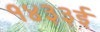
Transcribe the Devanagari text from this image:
१४३३ई